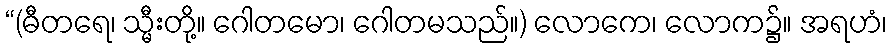
“(ဓီတရေ၊ သ္မီးတို့။ ဂေါတမော၊ ဂေါတမသည်။) လောကေ၊ လောက၌။ အရဟံ၊